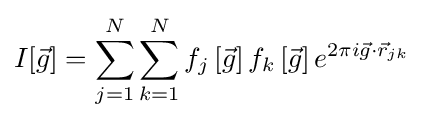
I[{\vec {g}}]=\sum _{j=1}^{N}\sum _{k=1}^{N}f_{j}\left[{\vec {g}}\right]f_{k}\left[{\vec {g}}\right]e^{2\pi i{\vec {g}}\cdot {\vec {r}}_{\!\!\;jk}}